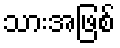
သားအဖြစ်